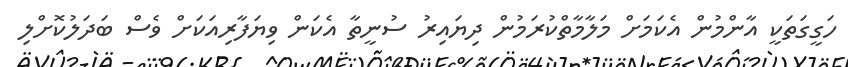
ހަގީގަތަކީ އާންމުން އެކަމަށް މަލާމާތްކުރަމުން ދިޔައިރު ސުނީތާ އެކަން ވިޔަފާރިއަކަށް ވެސް ބަދަލުކޮށްލި